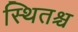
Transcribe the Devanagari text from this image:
स्थितश्च